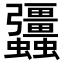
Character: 𧖑